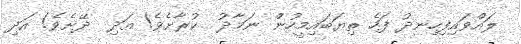
ލައްވައިފިހިނދު ފަހެ ތިޔަބައިމީހުން ނަމާދު  ކުރާށެވެ! އަދި  ދޭށެވެ! އަދި